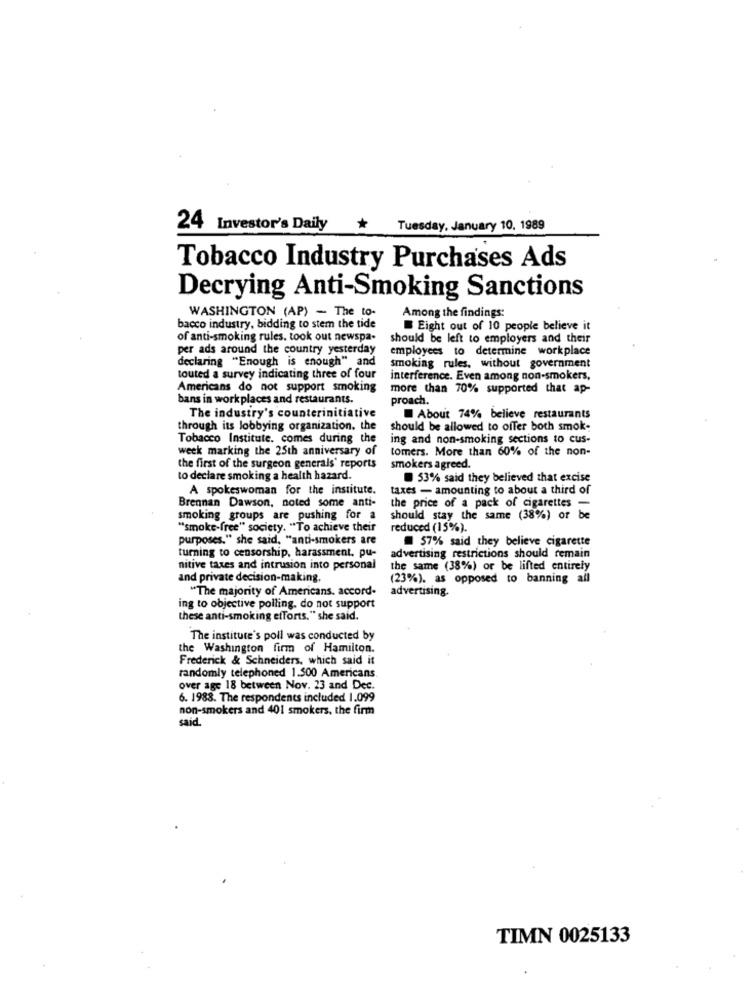
24
Investor's Daily * Tuesday, January 10, 1989
Tobacco Industry Purchases Ads
Decrying Anti-Smoking Sanctions
WASHINGTON (AP) - The to-
Among the findings:
bacco industry, bidding to stem the tide
Eight out of 10 people believe it
of anti-smoking rules, took out newspa-
should be left to employers and their
per ads around the country yesterday
employees to determine workplace
declaring "Enough is enough" and
smoking rules, without government
touted a survey indicating three of four
interference. Even among non-smokers,
Americans do not support smoking
more than 70% supported that ap-
bans in work places and restaurants.
proach.
The industry's counterinitiative
About 74% believe restaurants
through its lobbying organization, the
should be allowed to offer both smok-
Tobacco Institute. comes during the
ing and non-smoking sections to cus-
week marking the 25th anniversary of
tomers. More than 60% of the non-
the first of the surgeon generals' reports
smokers agreed.
to declare smoking a health hazard.
53% said they believed that excise
A spokeswoman for the institute.
taxes - amounting to about a third of
Brennan Dawson, noted some anti-
the price of a pack of cigarettes -
smoking groups are pushing for a
should stay the same (38%) or be
"smoke-free" society. "To achieve their
reduced (15%).
purposes." she said, "anti-smokers are
57% said they believe cigarette
turning to censorship, harassment. pu-
advertising restrictions should remain
nitive taxes and intrusion into personal
the same (38%) or be lifted entirely
and private decision-making,
(23%). as opposed to banning all
"The majority of Americans. accord-
advertising.
ing to objective polling. do not support
these anti-smoking efforts." she said.
The institute's poll was conducted by
the Washington firm of Hamilton.
Frederick & Schneiders, which said it
randomly telephoned 1.500 Americans
over age 18 between Nov. 23 and Dec.
6. 1983. The respondents included 1.099
non-smokers and 401 smokers, the firm
said.
TIMN 0025133